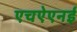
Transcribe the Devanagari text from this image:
एचऐएनई